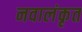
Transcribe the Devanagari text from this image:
नवालंकृत